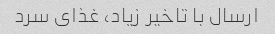
ارسال با تاخیر زیاد، غذای سرد